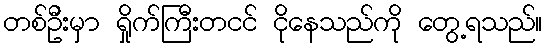
တစ်ဦးမှာ ရှိုက်ကြီးတငင် ငိုနေသည်ကို တွေ့ရသည်။